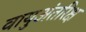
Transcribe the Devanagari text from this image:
वायुअंतरिक्ष